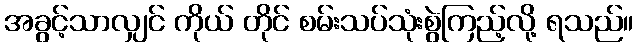
အခွင့်သာလျှင် ကိုယ် တိုင် စမ်းသပ်သုံးစွဲကြည့်လို့ ရသည်။